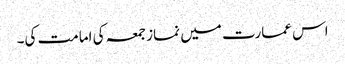
اس عمارت میں نماز جمعہ کی امامت کی۔